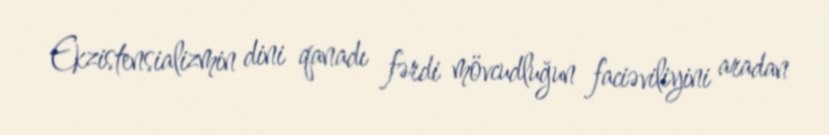
Ekzistensializmin dini qanadı fərdi mövcudluğun faciəviliyini aradan